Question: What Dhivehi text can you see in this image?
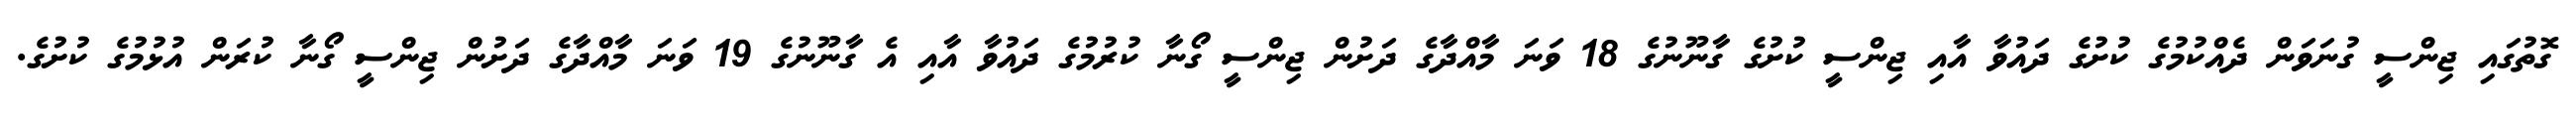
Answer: ގޮތުގައި ޖިންސީ ގުނަވަން ދެއްކުމުގެ ކުށުގެ ދައުވާ އާއި ޖިންސީ ކުށުގެ ގާނޫނުގެ 18 ވަނަ މާއްދާގެ ދަށުން ޖިންސީ ގޯނާ ކުރުމުގެ ދައުވާ އާއި އެ ގާނޫނުގެ 19 ވަނަ މާއްދާގެ ދަށުން ޖިންސީ ގޯނާ ކުރަން އުޅުމުގެ ކުށުގެ.